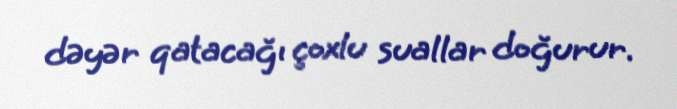
dəyər qatacağı çoxlu suallar doğurur.